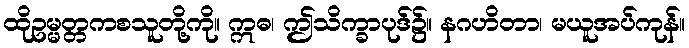
ထိုဥမ္မတ္တကစသူတို့ကို။ ဣဓ၊ ဤသိက္ခာပုဒ်၌။ နဂဟိတာ၊ မယူအပ်ကုန်။